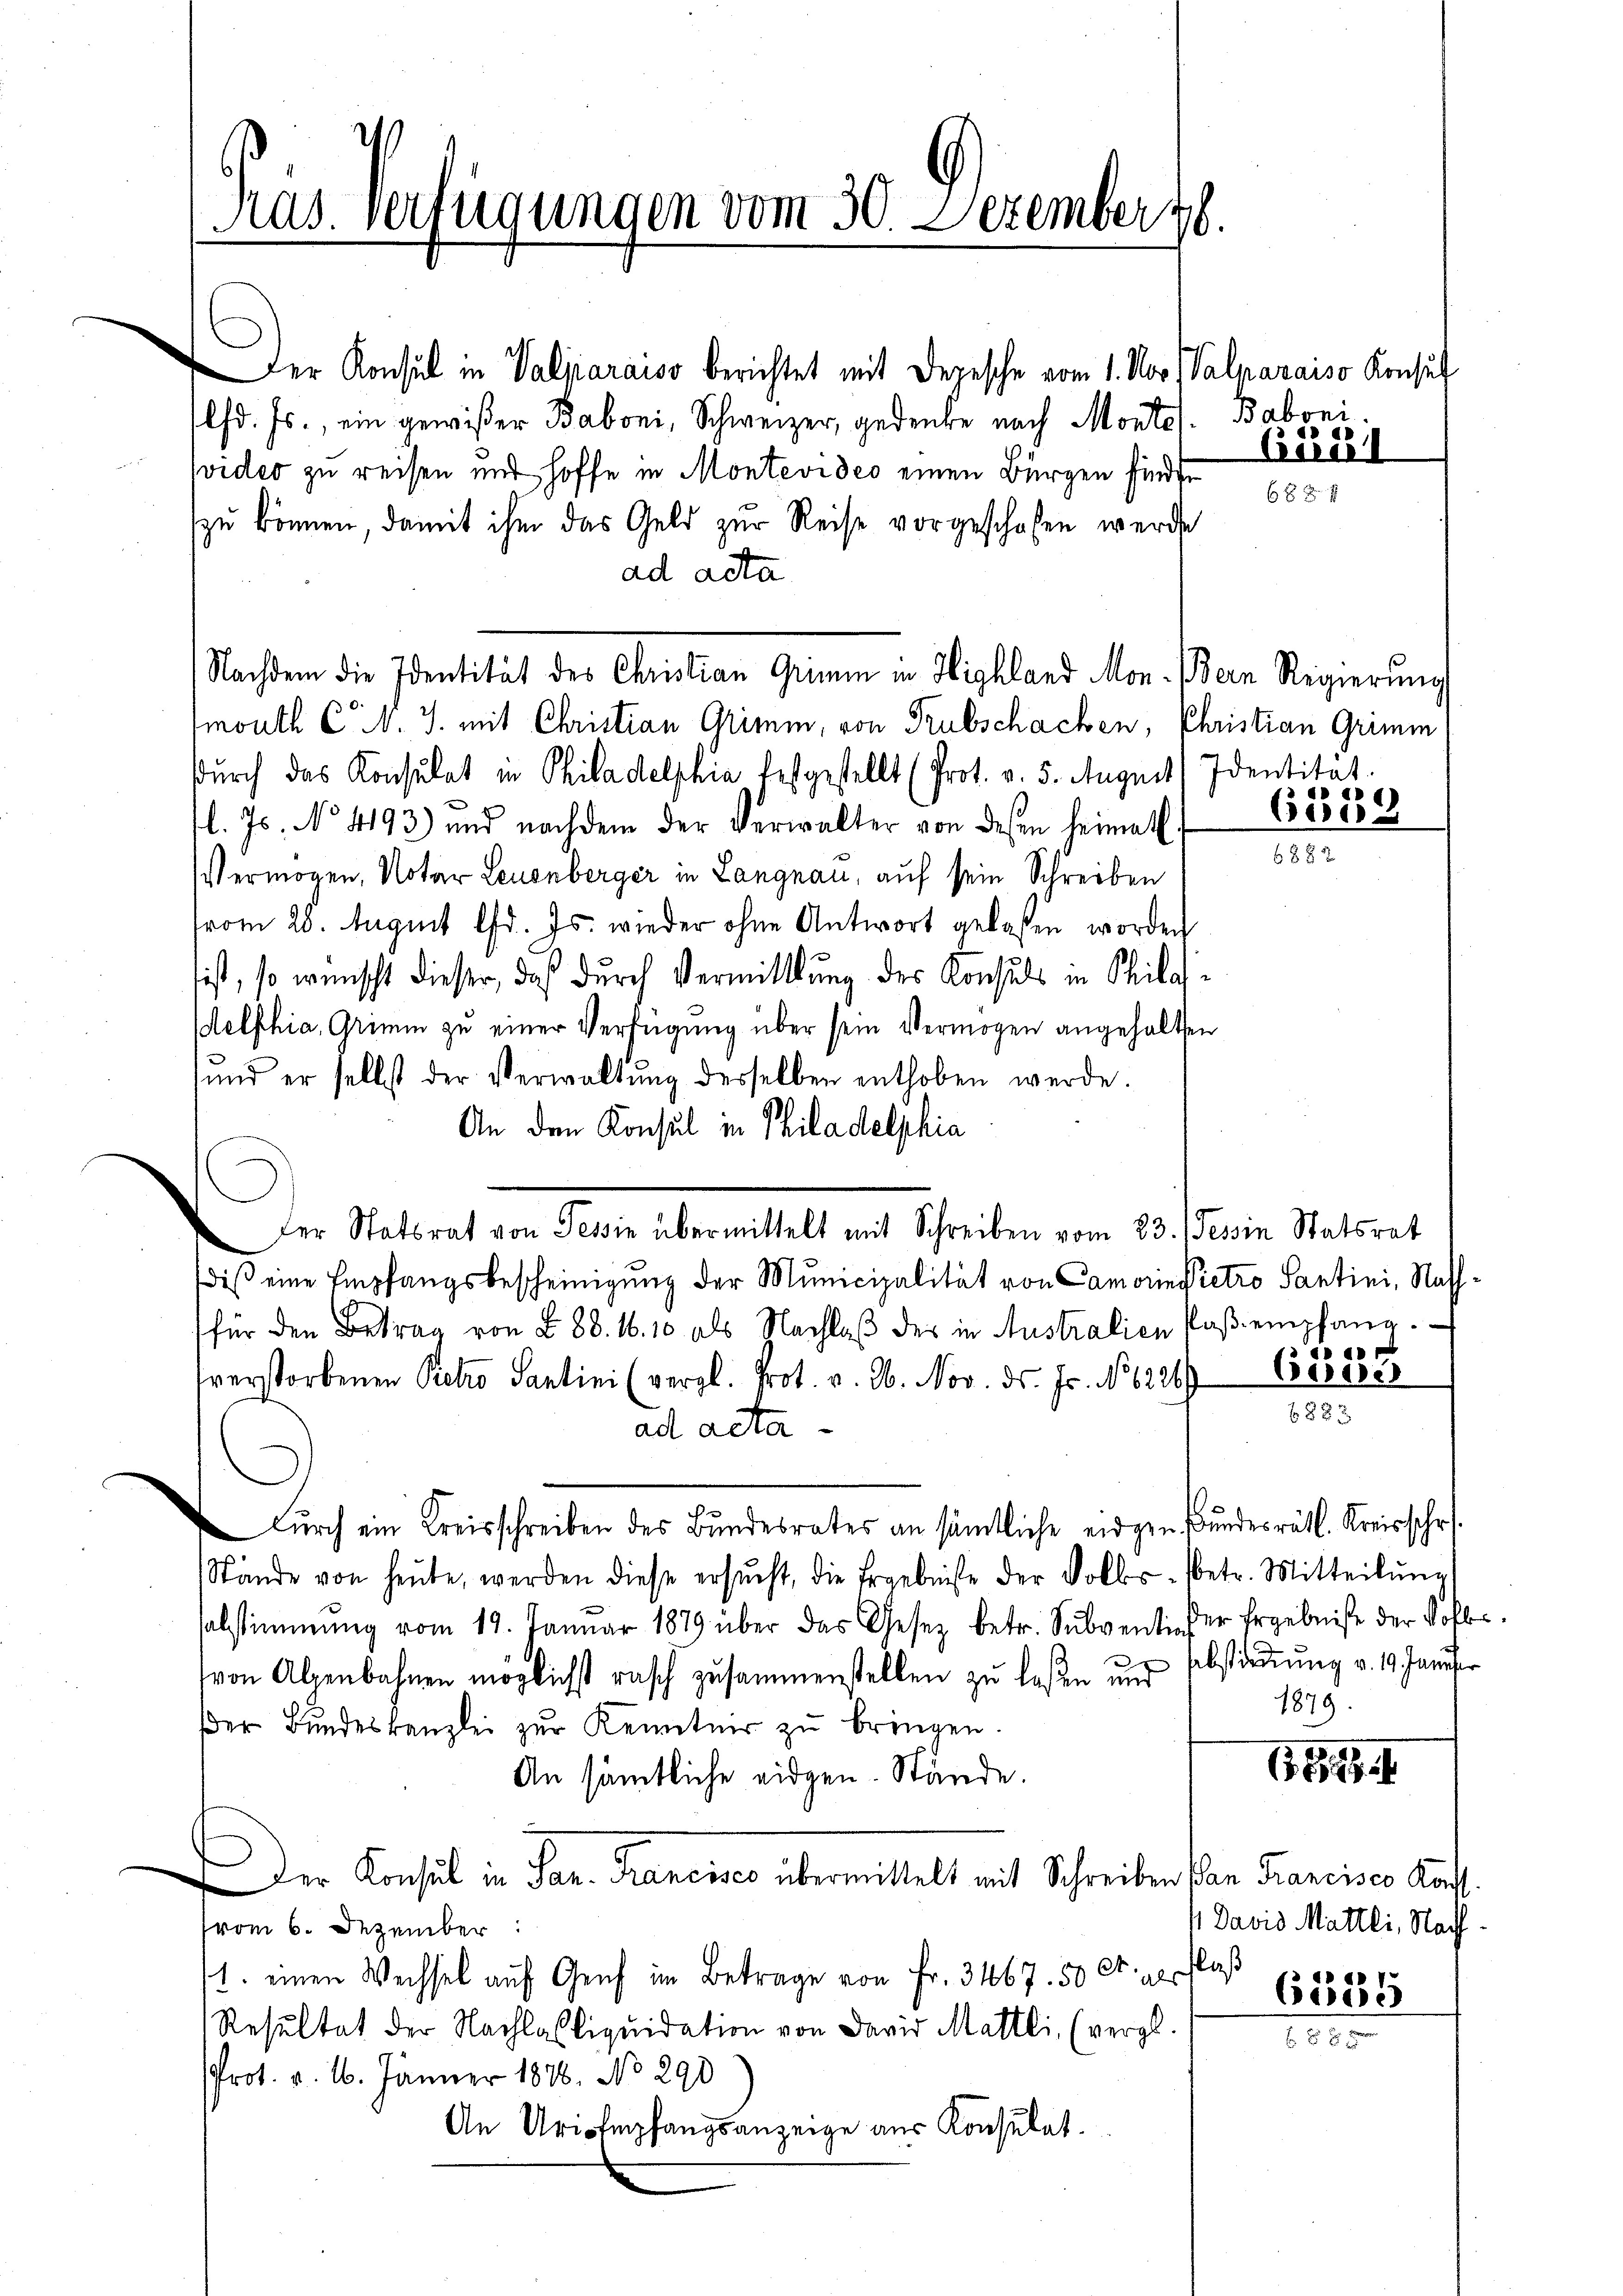
Der Konsul in Valparaiso berichtet mit Depesche vom 1. Nov (Valparaiso Konsul
lfd. Js., ein gewißer Baboni, Schweizer, gedenke nach Montes. Baboni
video zu reisen und hoffe in Montevideo einen Bürgen finde
zu können, damit ihm das Geld zur Reise vorgeschafen werde
ad acta
Nachdem die Identität des Christian Grimm in Highland Mon. Bern Regierung
mouth C. v. J. mit Christian Grimm, von Trubschachen, Christian Grimin
durch das Konsulat in Philadelphia festgestellt (Prot. v. 5. Augusts Identität.
l. Js. No. 4193) und nachdem der Verwalter von desen heimath
Vermögen, Notar Leuenberger in Langnau, auf sein Schreiben
vom 28. August lfd. Js. wieder ohne Antwort gelassen worden
ist, so wünscht dieser, daß durch Vermittlung des Konsuls in Philoselphia, Grimm zu einer Verfügung über sein Vermögen angehalten
sund er selbst der Verwaltŭng desselben enthoben werde.
An den Konsul in Philadelphia
iβ eine Empfangsbescheinigung der Municipalität von Camorin Victro Santini, Nassfür den Betrag von § 88. 16. 10 als Nachlaβ der in Australien Poβ empfang.
sverstorbenen Petro Santini (vergl. Prot. v. M. Nov. ds. Js. No 6226
ad acta
 Durch ein Kreisschreiben des Bundesrates an sämtliche eidgen. Bundesrätl. Kreisschr.
Stände von heute, werden diese ersŭcht, die Ergebnisse der Volks- betr. Mitteilŭng
sabstimmung vom 19. Januar 1879 über das Gesetz betr. Subventi der Ergebniße der Volle.
von Alpenbahnen möglichst rasch zusammenstellen zu laßen und Abstimmung v. 19. Janisir
der Bundeskanzlei zur Kenntnis zu bringen.
An sämtliche eidgen. Stände.
Der Konsul in Par. Pranenses übermittelt mit Schreiben Plan Francisco Korvom 6. Dezember
flaß
1. einen Wechsel auf Genf im Betrage von Fr. 3467. 50 Ct. als
Resultat der Nachlasliquidation von David Mattli, (vergl.
Prot. v. 16. Jänner 1876. No 290
An Uri empfangsanzeige aus Konsulat.

Pras. Verfügungen vom 30. Dezember 18.

Der Statsrat von Tessin übermittelt mit Schreiben vom 23. Tessin Statsrat

Bidel

a

Bese

a

Besse

1879.

64

4 Davis Mattli, Nach
2

6535